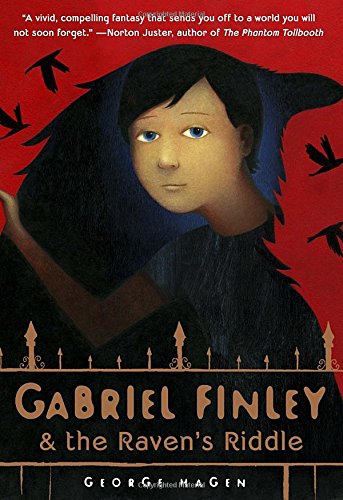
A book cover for Gabriel Finley and the Raven's Riddle; George Hagen; Children's Books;